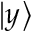
\left| y \right\rangle